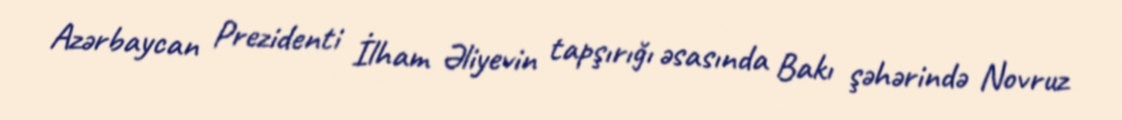
Azərbaycan Prezidenti İlham Əliyevin tapşırığı əsasında Bakı şəhərində Novruz